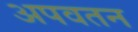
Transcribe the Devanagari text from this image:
अपवतन